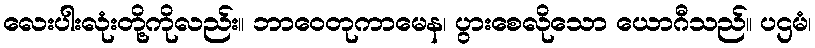
လေးပါးလုံးတို့ကိုလည်း။ ဘာဝေတုကာမေန၊ ပွားစေလိုသော ယောဂီသည်။ ပဌမံ၊